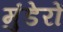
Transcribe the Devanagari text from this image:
मुंडेरों